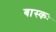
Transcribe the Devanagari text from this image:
बास्कः